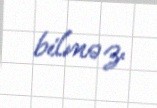
bilməz.